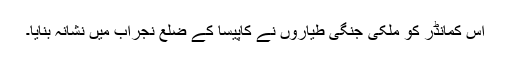
اس کمانڈر کو ملکی جنگی طیاروں نے کاپیسا کے ضلع نِجراب میں نشانہ بنایا۔